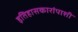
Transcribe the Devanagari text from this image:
इतिहासकारांपाशी